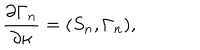
{ \frac { \partial \Gamma _ { n } } { \partial \kappa } } = ( S _ { n } , \Gamma _ { n } ) ,